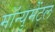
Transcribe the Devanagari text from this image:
मॉन्युमेंटल